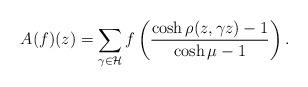
LaTeX: \begin{align*}A(f) (z)= \sum_{\gamma \in \mathcal{H}} f \left( \frac{\cosh \rho(z,\gamma z) -1}{\cosh \mu -1} \right) .\end{align*}